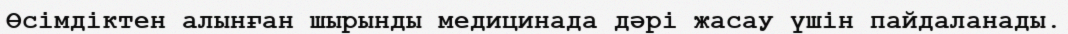
Өсімдіктен алынған шырынды медицинада дәрі жасау үшін пайдаланады.